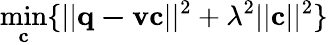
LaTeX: \operatorname*{min}_{\mathbf{c}}\{ ||\mathbf{q-vc}||^{2}+\lambda^{2}||\mathbf{c}||^{2}\}